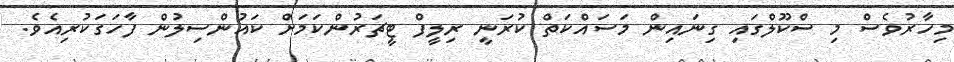
މިހާރުވެސް މި ސްކޫލްގައި ގިނައިން މަސައްކަތް ކުރަނީ ރިލީފް ޓީޗަރުންކަމަށް ކައުންސިލުން ފާހަގަކުރިއެވެ.